Insane asylums Bombay 1873-77 - 1873-1877
Year: 1873
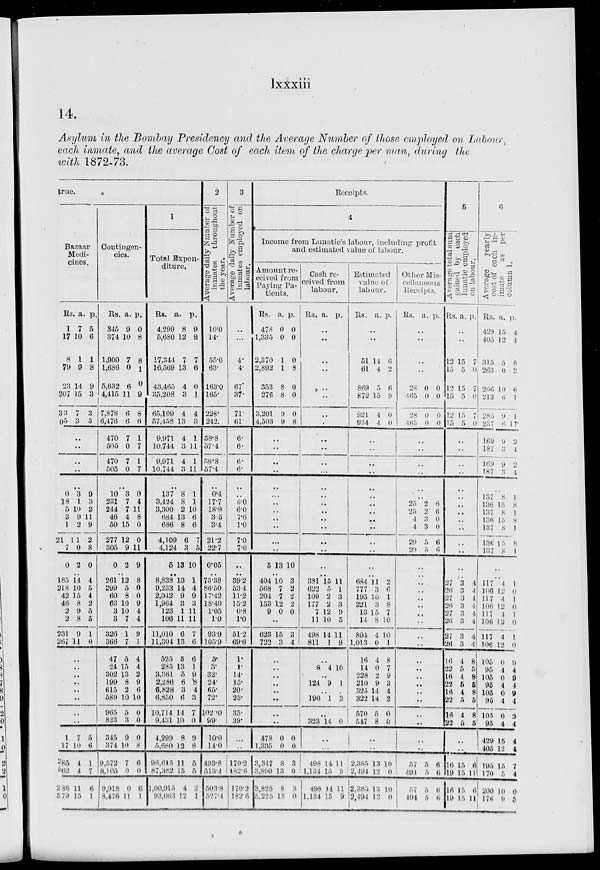
lxxxiii
14.
Asylum in the Bombay Presidency and the Average Number of those employed on Labour,
each inmate, and the average Cost of each item of the charge per man, during the
with 1872-73.
true.
Bazaar
Medi-
cines.
Rs
1
17
8
79
23
207
33
05
a.
7
10
1
9
14
15
7
3
p.
5
6
1
8
9
3
3
5
..
..
..
..
..
0
18
5
3
1
21
7
0
3
1
10
9
2
11
0
2
9
3
2
11
9
2
8
0
..
185
218
42
46
2
2
231
267
14
10
15
8
9
8
9
11
4
5
4
2
5
5
1
0
..
..
..
..
..
..
..
..
1
17
285
562
286
579
7
10
4
4
11
15
5
6
1
7
6
1
Contingen-
cies.
Rs.
345
374
1,900
1,686
5,632
4,415
7,878
6,476
470
505
470
505
a.
9
10
7
0
6
11
6
6
7
0
7
0
p.
0
8
8
1
0
9
8
6
1
7
1
7
..
10
231
244
46
50
277
305
0
3
7
7
4
15
12
9
2
0
4
11
8
0
0
11
9
..
261
299
60
63
3
3
326
366
47
24
302
199
615
589
965
823
345
374
9,572
8,105
9,918
8,476
12
5
8
10
10
7
1
7
5
15
13
8
2
10
5
3
9
10
7
0
0
11
8
0
0
9
4
4
9
1
4
4
2
9
6
10
0
0
0
8
6
0
6
1
1
Total Expenditure.
Rs.
4,299
5,680
17,344
16,569
43,465
35,208
65,109
57,458
9,971
10,744
9,971
10,744
a.
8
12
7
13
4
3
4
13
4
3
4
3
p.
9
8
7
6
0
1
4
3
1
11
1
11
..
137
3,424
3,300
684
686
4,109
4,124
5
8
8
2
13
8
6
3
13
1
1
10
6
6
7
5
10
..
8,838
9,233
2,042
1,964
123
106
11,010
11,304
525
285
3,361
2,286
6,828
6,850
10,714
9,431
4,299
5,680
96,615
87,382
1,00,915
98,063
13
14
9
3
1
11
6
13
5
13
5
6
3
6
14
10
8
12
11
15
4
12
1
4
9
3
11
11
7
6
6
1
9
8
4
3
7
0
9
8
5
5
2
1
2
Average daily Number of
inmates throughout
the year.
10.0
14.
55.0
63.
163.0
165.
228.
242.
58.8
57.4
58.8
57.4
..
0.4
17.7
18.9
3.5
3.4
21.2
22.7
0.05
..
75.38
86.50
17.42
18.40
1.05
1.0
93.9
105.9
5.
3.
32.
24.
65.
72.
102.0
99.
10.0
14.0
493.8
513.4
503.8
527.4
3
Average daily Number of
inmates employed on
labour.
..
..
4.
4.
67.
37.
71.
61.
6.
6.
6.
6.
..
..
6.0
6.0
7.0
1.0
7.0
7.0
..
..
39.2
53.4
11.2
15.2
0.8
1.0
51.2
69.6
1.
1.
14.
15.
20.
23.
35.
39.
..
..
170.2
182.6
170.2
182.6
Receipts.
4
Income from Lunatic's labour, including profit
and estimated value of labour.
Amount re-
ceived from
Paying Pa-
tients.
Rs.
478
1,335
2,370
2,892
353
276
3,201
4,503
a.
0
0
1
1
8
8
9
9
p.
0
0
0
8
0
0
0
8
..
..
..
..
..
..
..
..
..
..
..
..
5 13 10
..
404
568
204
153
9
10
7
7
12
0
3
2
2
2
0
..
623
722
15
3
3
4
..
..
..
..
..
..
..
..
478
1,335
3,347
3,890
3,825
5,225
0
0
8
13
8
13
0
0
3
0
3
0
Cash re-
ceived from
labour.
Rs. a.
p.
..
..
..
..
..
..
..
..
..
..
..
..
..
..
..
..
..
..
..
..
..
..
381
622
109
177
7
11
498
811
15
5
2
2
12
10
14
1
11
1
3
3
9
5
11
9
..
8 4
10
..
124 9
1
..
190 1
2
..
323 14
0
..
..
498
1,134
498
1,134
14
15
14
15
11
9
11
9
Estimated
value of
labour.
Rs. a. p.
..
..
51
61
869
872
921
934
14
4
5
15
4
4
6
2
6
9
0
0
..
..
..
..
..
..
..
..
..
..
..
..
..
..
684
777
195
221
13
14
894
1,013
16
14
228
210
325
322
570
547
11
3
10
3
15
8
4
0
4
0
2
9
14
14
5
8
2
6
1
8
7
10
10
1
8
7
9
3
4
2
0
0
..
..
2,385
2,494
2,385
2,494
13
12
13
12
10
0
10
0
Other Mis-
cellaneous
Receipts.
Rs. a. p.
..
..
..
..
28
465
28
465
0
0
0
0
0
0
0
0
..
..
..
..
..
..
25
25
4
4
29
29
2
2
3
3
5
5
6
6
0
0
6
6
..
..
..
..
..
..
..
..
..
..
..
..
..
..
..
..
..
..
..
..
57
494
57
494
5
5
5
5
6
6
6
6
5
Average total sum
gained by each
lunatic employed
on labour.
Rs. a.
p.
..
..
12
15
12
15
12
15
15
5
15
5
15
5
7
0
7
0
7
0
..
..
..
..
..
..
..
..
..
..
..
..
..
..
27
26
27
26
27
26
27
26
16
22
16
22
16
22
16
22
3
3
3
3
3
3
3
3
4
5
4
5
4
5
4
5
4
4
4
4
4
4
4
4
8
5
8
5
8
5
8
5
..
..
16
19
16
19
15
15
15
15
6
11
6
11
6
Average
yearly
cost of each inimate as per
column 1.
Rs.
429
405
315
263
266
213
285
237
169
187
169
187
a.
15
12
5
0
10
6
9
6
9
3
9
3
p.
4
4
8
2
6
1
1
11
2
4
2
4
..
137
136
137
136
137
136
137
8
15
8
l5
8
15
8
1
8
1
8
1
8
1
..
..
117
106
117
106
117
106
117
106
105
95
105
95
105
95
105
95
429
405
195
170
200
176
4
12
4
12
4
12
4
12
0
4
0
4
0
4
0
4
15
12
15
5
10
9
1
0
1
0
1
0
1
0
9
4
9
4
9
4
9
4
4
4
7
4
0
5